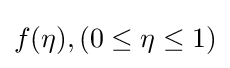
f(\eta ),(0\leq \eta \leq 1)